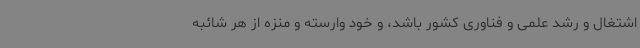
اشتغال و رشد علمی و فناوری کشور باشد، و خود وارسته و منزه از هر شائبه